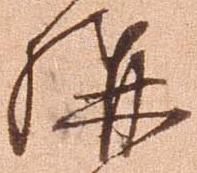
構